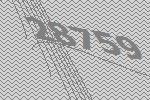
28759